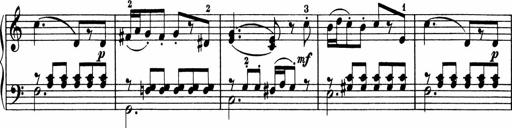
Title: 5 Sonatinen fÃ¼r die Jugend
Composer: Carl Reinecke